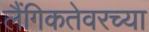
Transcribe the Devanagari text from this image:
लैंगिकतेवरच्या